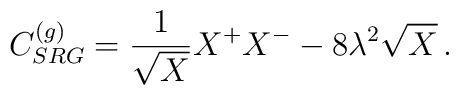
C^{(g)}_{SRG}= \frac{1}{\sqrt{X}} X^+X^- - 8\lambda^2 \sqrt{X} \,  .